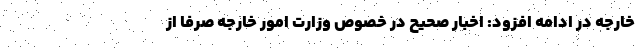
خارجه در ادامه افزود: اخبار صحیح در خصوص وزارت امور خارجه صرفا از